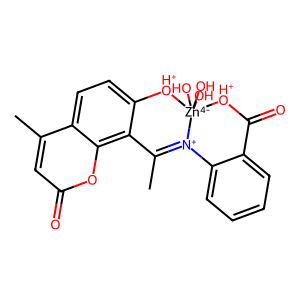
SMILES: CC1=[N+]2c3ccccc3C(=O)[OH+][Zn-4]2(O)(O)(O)[OH+]c2ccc3c(C)cc(=O)oc3c21
Inhibits HIV replication: No